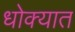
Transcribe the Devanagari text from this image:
धोक्‍यात